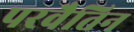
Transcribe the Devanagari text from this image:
परवैतिन